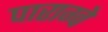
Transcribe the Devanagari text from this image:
पाराग्वे